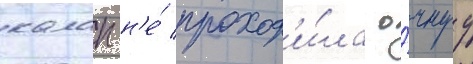
калап н'е́ проход'и́ла о́чнуу